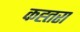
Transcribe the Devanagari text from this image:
कह्तरा